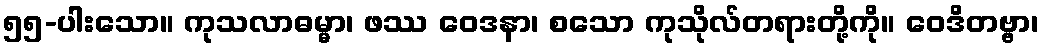
၅၅-ပါးသော။ ကုသလာဓမ္မာ၊ ဖဿ ဝေဒနာ၊ စသော ကုသိုလ်တရားတို့ကို။ ဝေဒိတဗ္ဗာ၊